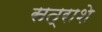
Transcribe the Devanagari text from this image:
सत्राशे